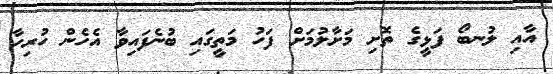
އާއި ލުނބޯ ފަޅީގެ ތޮށި މަށާލުމަށް ފަހު މަތީގައި ބުނެފައިވާ އެހެން ހުރިހާ